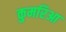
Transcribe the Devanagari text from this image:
कुमरिआ